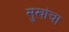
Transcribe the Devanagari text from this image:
सुखांचा